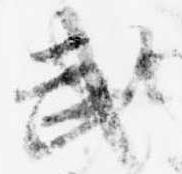
武